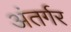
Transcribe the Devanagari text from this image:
अंतर्गर